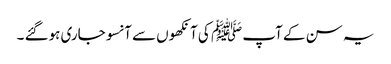
یہ سن کے آپ ﷺ کی آنکھوں سے آنسو جاری ہوگئے ۔